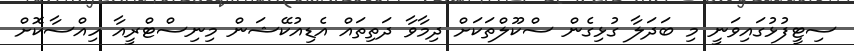
ސިޓީފުޅުގައިވަނީ މި ބަދަލާ ގުޅިގެން ސްކޫލްތަކަށް ދިމާވާ ދަތިތައް އެޑިއުކޭޝަން މިނިސްޓްރީއާ ހިއްސާކޮށް